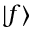
\vert f \rangle